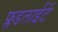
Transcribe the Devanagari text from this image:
फ्लडलाईटें